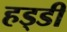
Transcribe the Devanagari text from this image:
हड्‍डी